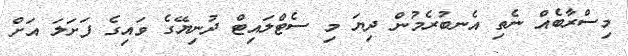
މިސްރާބެއް ނެތި އެނބުރެމުން ދިޔަ މި ސެޓްލައިޓް ދުނިޔޭގެ ވައިގެ ފަށަލަ އަށް